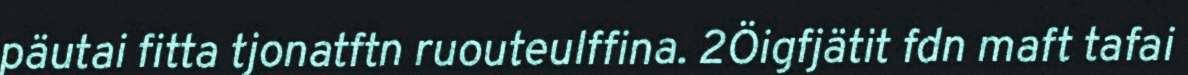
päutai fitta tjonatftn ruouteulffina. 2Öigfjätit fdn maft tafai